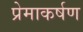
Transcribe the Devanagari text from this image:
प्रेमाकर्षण